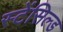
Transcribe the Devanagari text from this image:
स्टेंसिल्ड